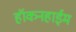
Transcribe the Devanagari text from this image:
हॉकनहाईम